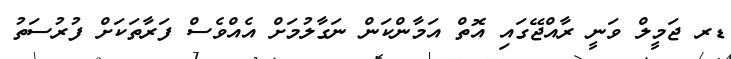
ޑރ ޖަމީލް ވަނީ ރާއްޖޭގައި އޮތް އަމާންކަން ނަގާލުމަށް އެއްވެސް ފަރާތަކަށް ފުރުސަތު